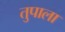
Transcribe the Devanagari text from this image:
तुपाला